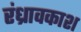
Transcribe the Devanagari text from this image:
रंध्रावकाश